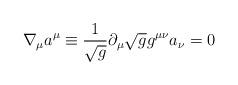
LaTeX: \begin{align*}\nabla_\mu a^\mu \equiv {1 \over \sqrt g}\partial_\mu \sqrt g g^{\mu\nu} a_\nu = 0\end{align*}